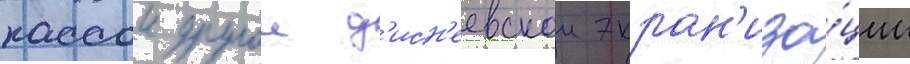
кассои другои д'исн'еевскои экран'иза́ции